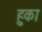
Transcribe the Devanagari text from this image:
हुका